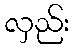
လှည်း